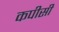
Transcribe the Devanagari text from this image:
कपीसी